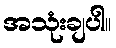
အသုံးချပါ။